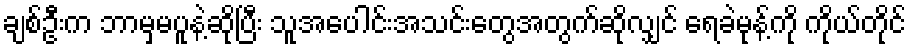
ချစ်ဦးက ဘာမှမပူနဲ့ဆိုပြီး သူအပေါင်းအသင်းတွေအတွက်ဆိုလျှင် ရေခဲမုန့်ကို ကိုယ်တိုင်